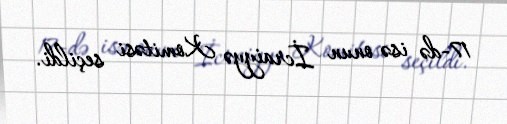
17-də isə onun İcraiyyə Komitəsi seçildi.